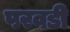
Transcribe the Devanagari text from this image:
परवडी